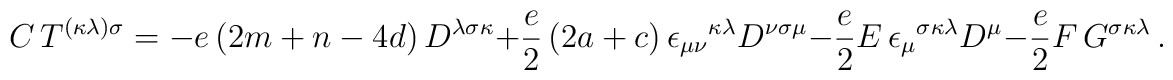
C\,T^{(\kappa \lambda )\sigma }=-e\left( 2m+n-4d\right)D^{\lambda \sigma \kappa }+\frac{e}{2}\left( 2a+c\right) \epsilon_{\mu \nu }{}^{\kappa \lambda }D^{\nu \sigma \mu}-\frac{e}{2}E\,\epsilon _{\mu }{}^{\sigma \kappa \lambda }D^{\mu}-\frac{e}{2}F\,G^{\sigma \kappa \lambda }\,.